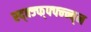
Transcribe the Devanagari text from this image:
स्द्क्ज्फ्फ्फ्न्न्व्न